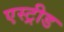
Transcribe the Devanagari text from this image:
एस्ट्रीड